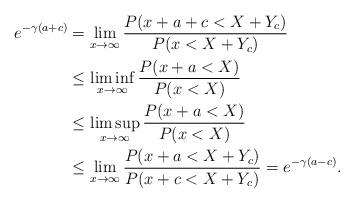
LaTeX: \begin{align*}e^{-\gamma (a +c)} &= \lim_{x\to\infty} \frac{P(x +a+c< X +Y_c)}{P( x < X +Y_c)}\\ &\le \liminf_{x\to\infty}\frac{P(x+a < X )}{P( x < X)} \\ &\le\limsup_{x\to\infty}\frac{P(x+a < X )}{P( x < X)} \\ &\le\lim_{x\to\infty}\frac{P(x+a < X +Y_c)}{P( x+c < X+Y_c)} =e^{-\gamma (a -c)}.\\ \end{align*}